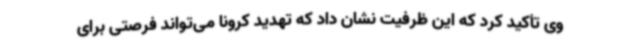
وی تأکید کرد که این ظرفیت نشان داد که تهدید کرونا می‌تواند فرصتی برای